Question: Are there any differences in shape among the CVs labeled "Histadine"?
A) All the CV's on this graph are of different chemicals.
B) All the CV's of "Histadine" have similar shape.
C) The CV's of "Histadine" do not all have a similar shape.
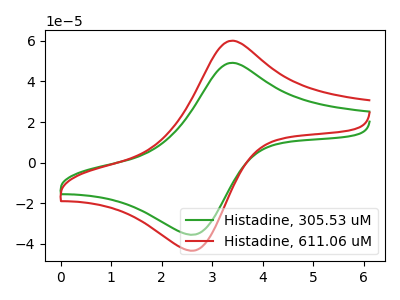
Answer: <think>The green curve "Histadine, 305.53 uM" has an anodic peak at (3.40V, 49.15uA) and a cathodic peak at (2.65V, -35.35uA). The red curve "Histadine, 611.06 uM" has an anodic peak at (3.40V, 60.05uA) and a cathodic peak at (2.65V, -43.20uA).
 All the peaks in "Histadine, 305.53 uM" have a peak in "Histadine, 611.06 uM" at the same potential. Every peak in "Histadine, 305.53 uM" is lower than every peak in "Histadine, 611.06 uM".</think>
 <answer>B) All the CV's of "Histadine" have similar shape.</answer>
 <eval>B</eval>